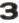
3